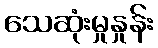
သေဆုံးမှုနှုန်း